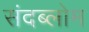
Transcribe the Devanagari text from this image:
संदब्लोम